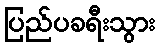
ပြည်ပခရီးသွား